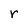
Character: r